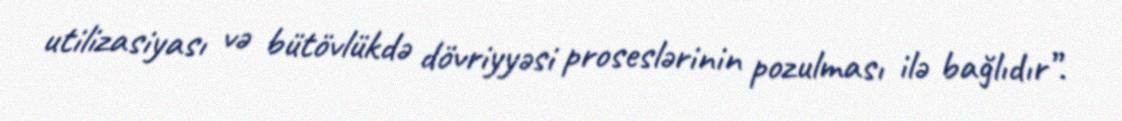
utilizasiyası və bütövlükdə dövriyyəsi proseslərinin pozulması ilə bağlıdır”.